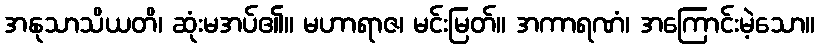
အနုသာသိယတိ၊ ဆုံးမအပ်၏။ မဟာရာဇ၊ မင်းမြတ်။ အကာရဏံ၊ အကြောင်းမဲ့သော။